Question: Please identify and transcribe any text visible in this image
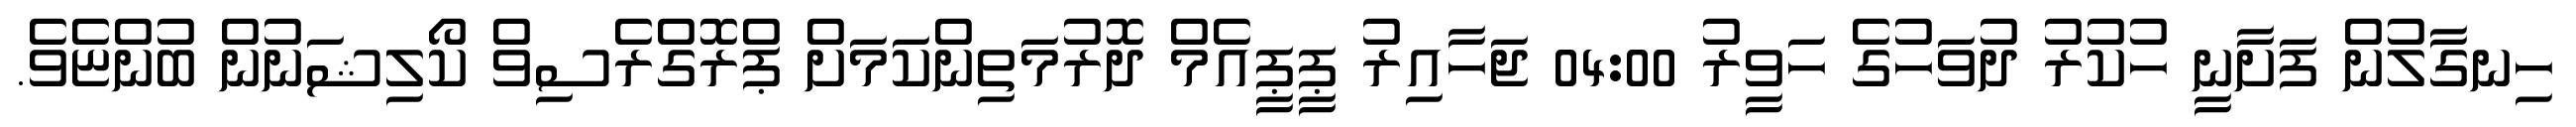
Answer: ހިނގާލުން ފަށާނީ ހުކުރު ދުވަހުގެ ހަވީރު 04:00 ޖަހާއިރު ޕީޕީއެމް ދޮރުމަތިންކަމަށް ޕްރޮގްރެސިވް ކޯލިޝަނުން ބުންޏެވެ.